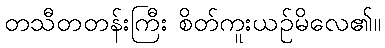
တသီတတန်းကြီး စိတ်ကူးယဉ်မိလေ၏။